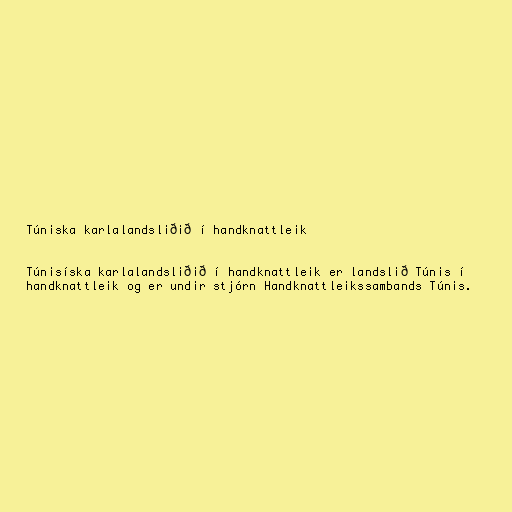
Túniska karlalandsliðið í handknattleik

Túnisíska karlalandsliðið í handknattleik er landslið Túnis í
handknattleik og er undir stjórn Handknattleikssambands Túnis.